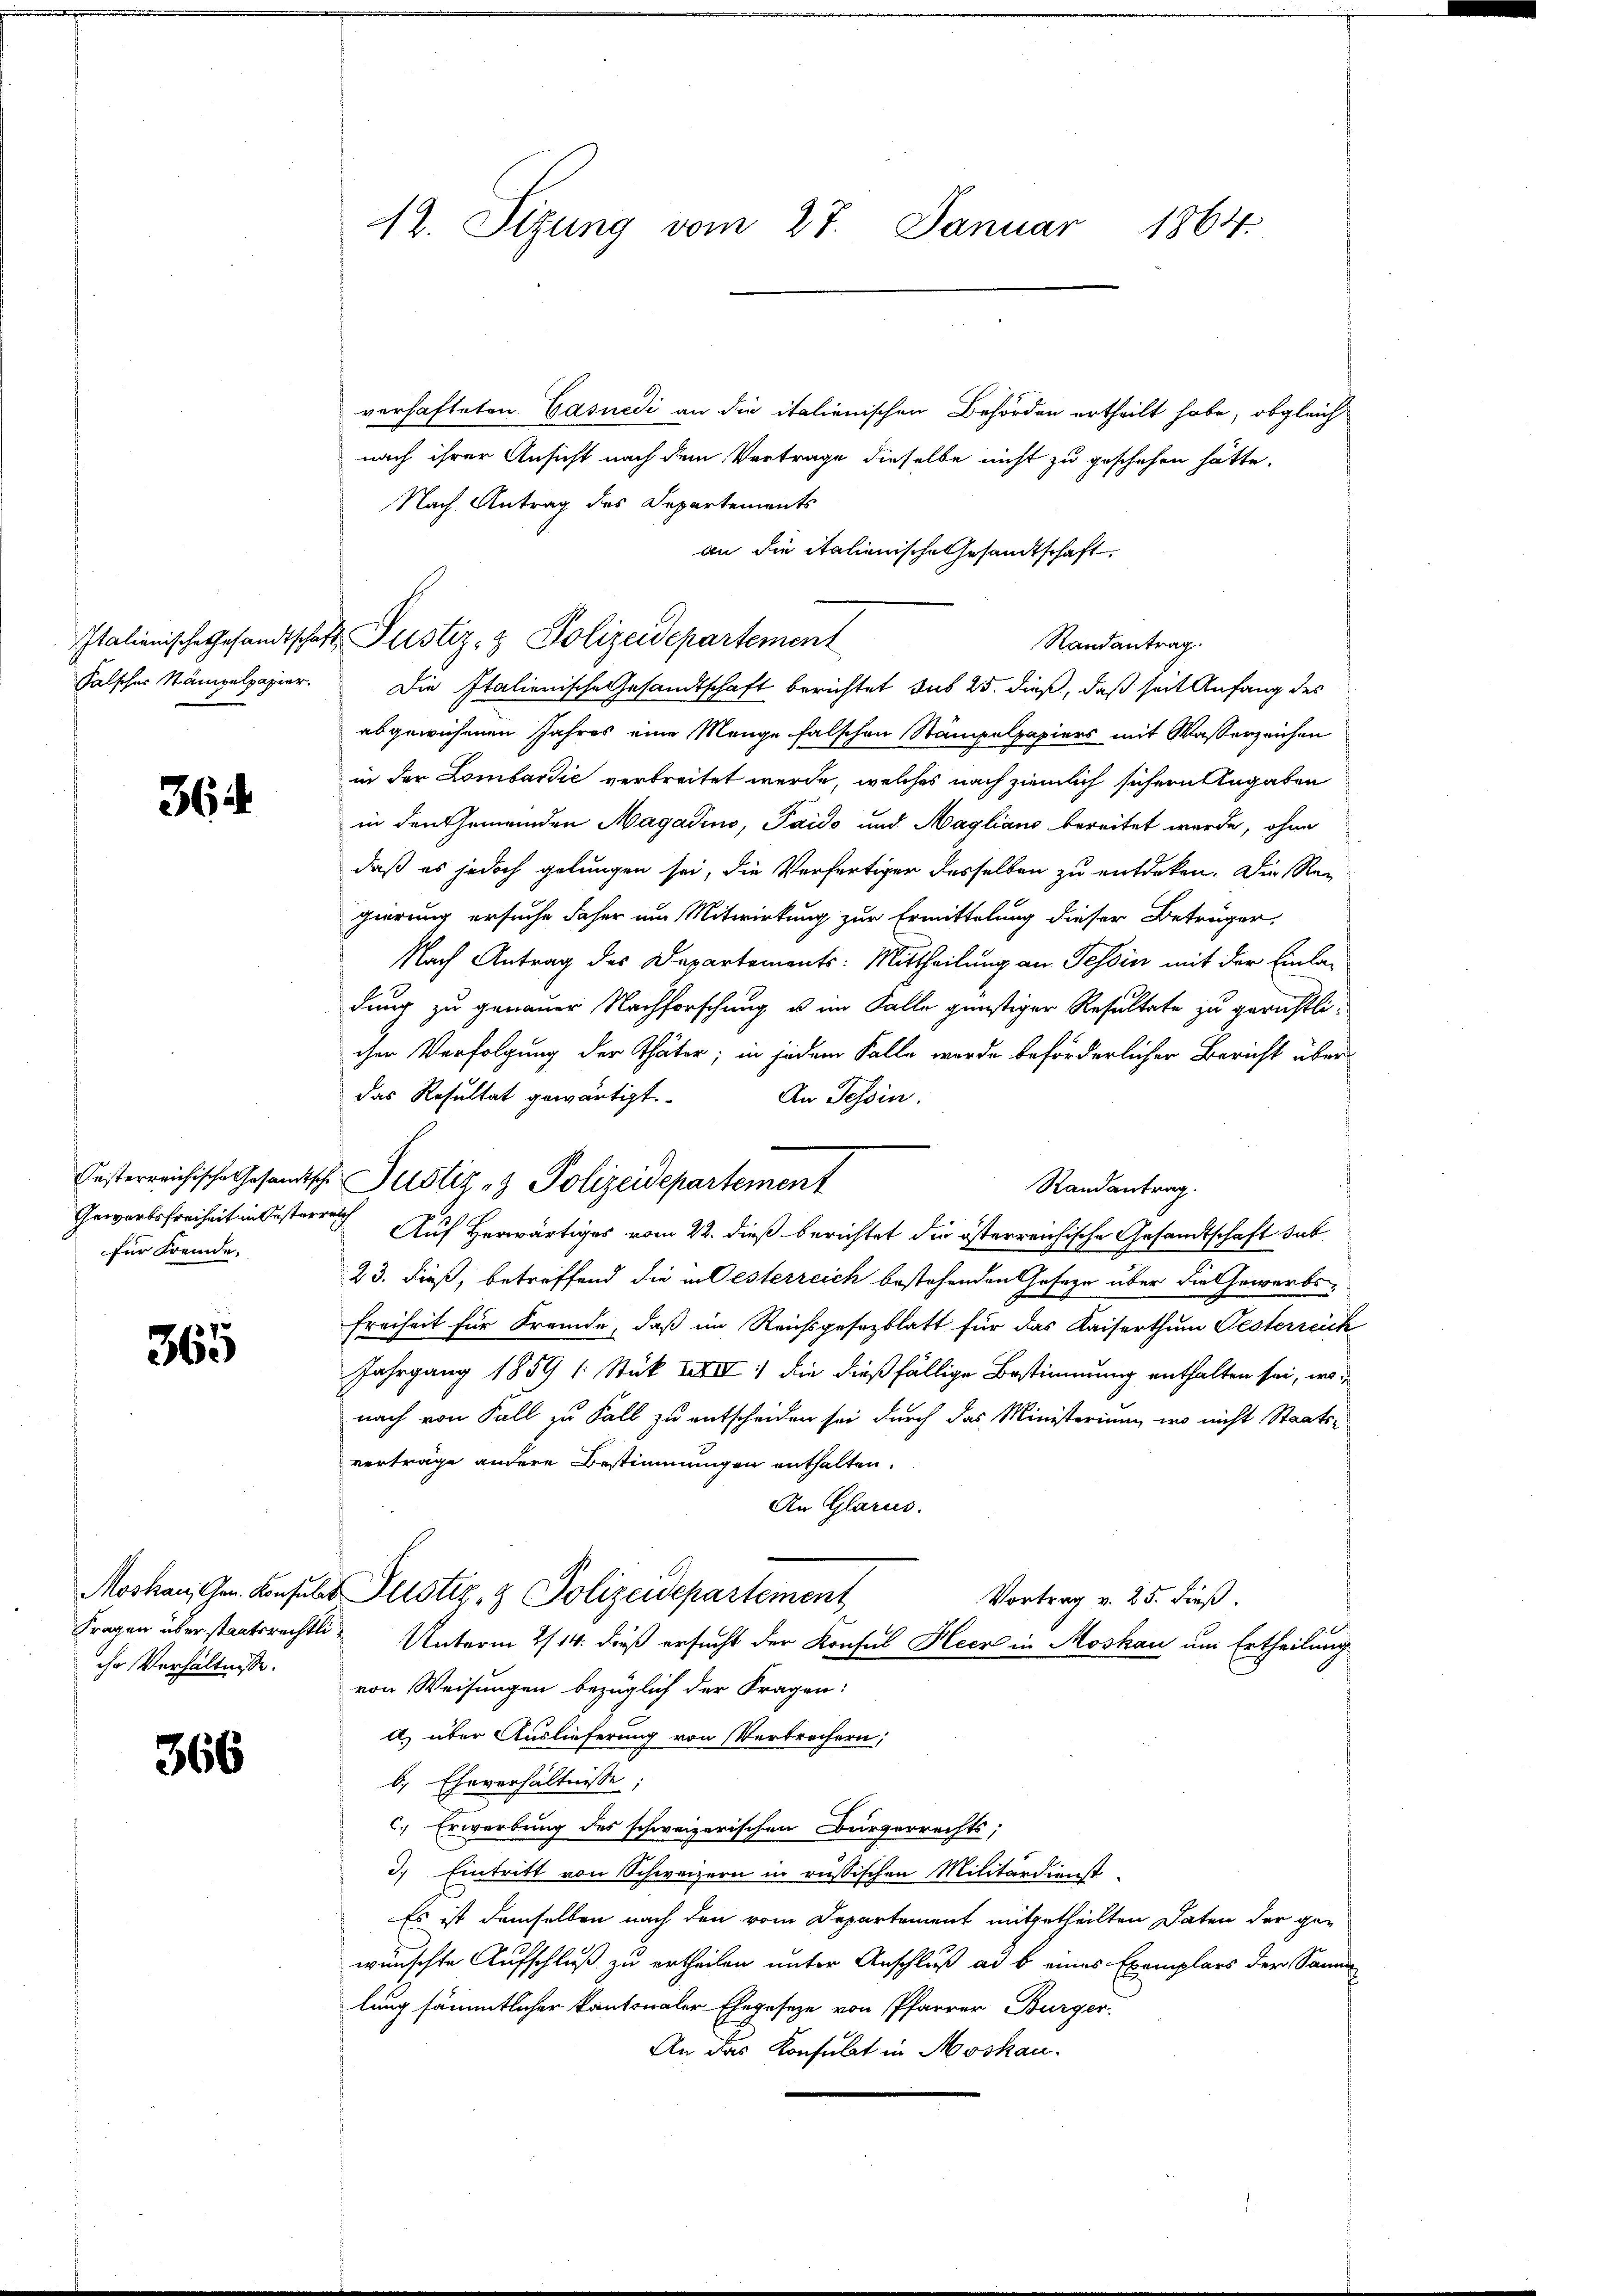
364.

Gewärtsfreiheit in Oesterreich
für Fremde.

365

366

verhafteten Casuedi an die italienischen Behörden ertheilt habe, obgleich
nach ihrer Ansicht nach dem Vertrage dieselbe nicht zu geschehen hätte.
Nach Antrag des Departements
an die italienische Gesandtschaft.
Randantrag.
falscher Stämpelpapier. Die Italienische Gesandtschaft berichtet sub 25. dieß, daß seit Anfang des
abgewiesenen Jahres eine Menge falschen Stämpelpapiers mit Wasserzeichen
in der Lombardić verbreitet werde, welches nach ziemlich sichern Angaben
in den Gemeinden Magadino, Paido und Magliano bereitet wurde, ohne
daß es jedoch gelungen sei, die Verfertiger desselben zu entdeken. Die Re-
gierung ersuche daher am Mitwirkung zur Ermittelung dieser Beträger,
Nach Antrag des Departements: Mittheilung an Tessin mit der Einladung zu genauer Nachforschung u. im Falle günstiger Resultate zu gerichtlicher Verfolgung der Thäter; in jedem Falle werde beförderlicher Bericht überdas Resultat gewärtigt
An Tessin.
Randantrag.
Auf Herwärtiges vom 22. dieß berichtet die österreichische Gesamtschaft dab
23. dieß, betreffend die in Oesterreich bestehenden Gesage über die Gewerbs-
Freiheit für Fremde, daß im Reichsgesezblatt für das Kaiserthum Gesterreich
Jahrgang 1859 (: Stük XXXIII :/ die dießfällige Bestimmung enthalten sei, wonach von Fall zu Fall zu entscheiden sei durch das Ministerium wo nicht Staats-
verträge andere Bestimmungen enthalten.
An Glarus.
Moskau, Gen. Konsula Plistiz- & Polizeidepartement
Vortrag v. 25. dieß.
Fragen überstaatsrechtlich Unterm 2/14. dieß ersucht der Konsul Heer in Moskau um Ertheilung
ihr Verhältnisse von Weisungen bezüglich der Fragen:
a) über Auslieferung von Verbrechern;
b. Eheverhältnisse;
c.) Erwerbung des schweizerischen Bürgerrechts;
d. Eintritt von Schweizern in russischen Militärdienst-
Es ist demselben nach den vom Departement mitgetheilten Daten der ge-
wünschte Aufschluß zu ertheilen unter Anschluß ad b. eines Exemplars der Samm
lung sämmtlicher Kantonaler Ehegeseze von Pfarrer Bürger,
An das Konsulat in Moskau

12. Sitzung vom 27. Januar 1864.

Italienische Gesandtschaft Justiz- & Polizeidepartement

Oesterreichische Gesandtsche Justiz & Polizeidepartement